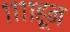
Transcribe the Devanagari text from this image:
११११हून